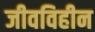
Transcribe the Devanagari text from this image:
जीवविहीन